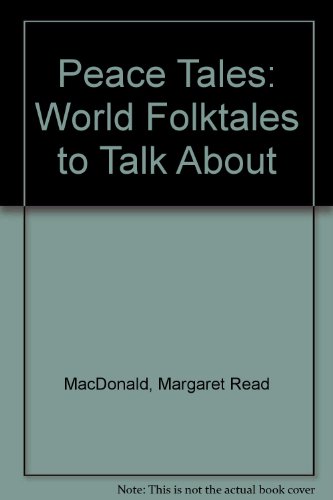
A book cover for Peace Tales: World Folktales to Talk about; Margaret Read MacDonald; Children's Books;